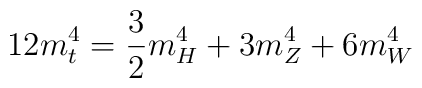
12 m_{t}^{4} = \frac{3}{2} m_{H}^{4} + 3 m_{Z}^{4} + 6 m_{W}^{4}